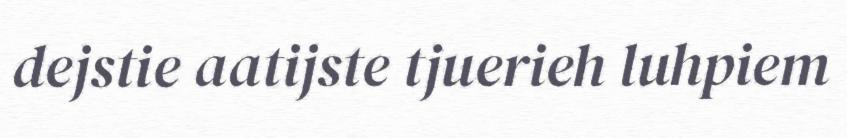
dejstie aatijste tjuerieh luhpiem